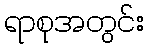
ရာစုအတွင်း